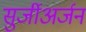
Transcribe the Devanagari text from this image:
सुर्जीअर्जन